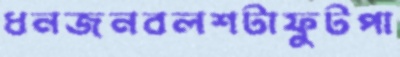
ধনজনবলশটাফুটপা